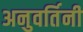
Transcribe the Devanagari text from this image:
अनुवर्तिनी